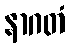
နာဂတံ